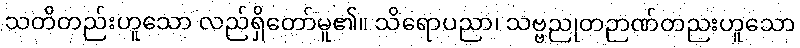
သတိတည်းဟူသော လည်ရှိတော်မူ၏။ သိရောပညာ၊ သဗ္ဗညုတဉာဏ်တညးဟူသော